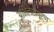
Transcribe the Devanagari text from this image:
अभिलेखपूर्ण